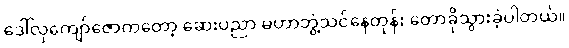
ဒေါ်လှကျော်ဇောကတော့ ဆေးပညာ မဟာဘွဲ့သင်နေတုန်း တောခိုသွားခဲ့ပါတယ်။